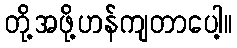
တို့အဖို့ဟန်ကျတာပေါ့။